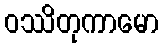
ဝဿိတုကာမော